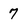
Character: 7